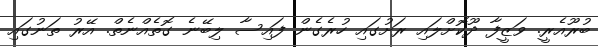
ބުރޫއެރީ. ވަޒީފާ ދޫކޮށްލައި ރަށުގައި ހުރެގެން ފައިސާ ލިބޭނެ ގޮތެއްނެތް. އޭރު ތަނުގައި